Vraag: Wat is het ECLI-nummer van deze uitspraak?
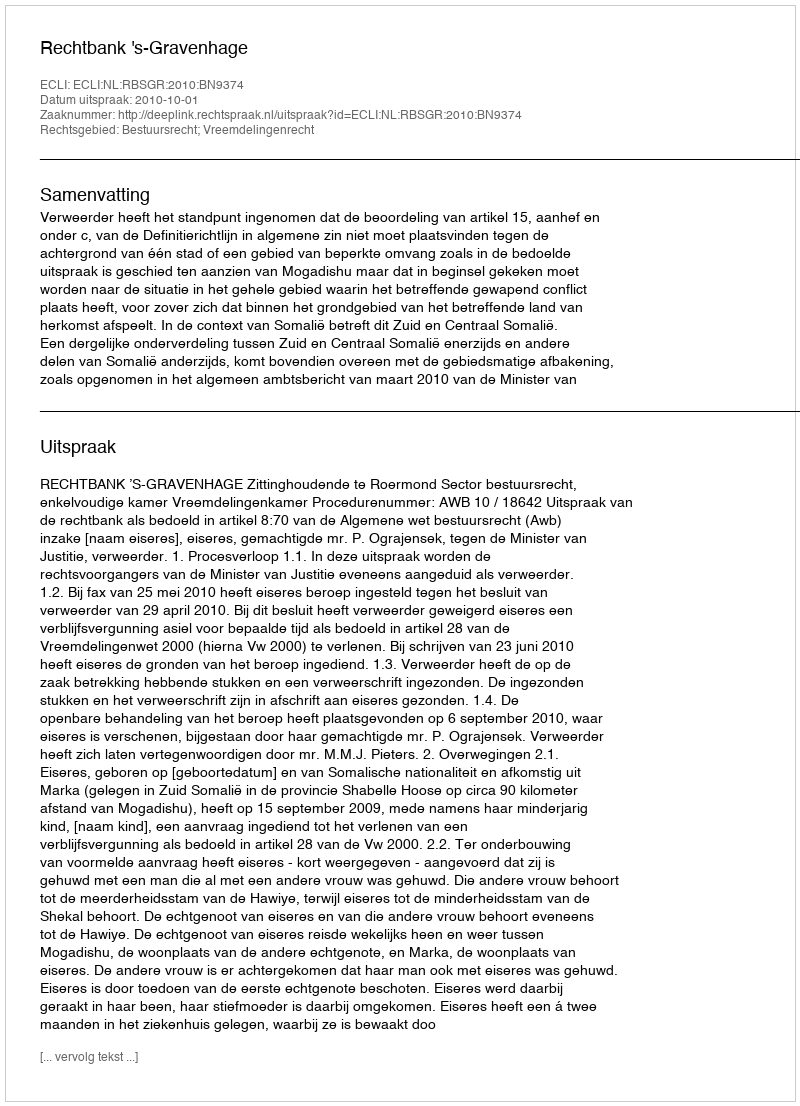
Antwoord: ECLI:NL:RBSGR:2010:BN9374